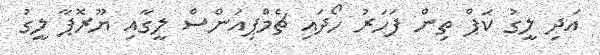
އަދި ލީގު ކަޕް ތިން ފަހަރު ހޯދައި ޗެމްޕިއަންސް ލީގާއި ޔޫރޮޕާ ލީގު